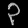
Digit: ၃